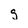
Character: g